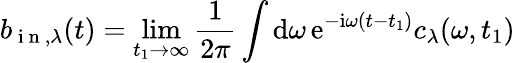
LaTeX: b_{\mathrm{~i~n~},\lambda}(t)=\operatorname*{lim}_{t_{1}\to\infty}\frac{1}{2\pi}\int\mathrm{d}{\omega}\, \mathrm{e}^{-\mathrm{i}\omega(t-t_{1})}c_{\lambda}(\omega,t_{1})